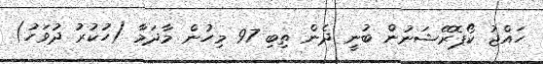
ހައްޖު ކޯޕޮރޭޝަނުން ބުނީ ދެން ތިބި 97 މިހުން މާދަމާ (ހުކުރު ދުވަހު)